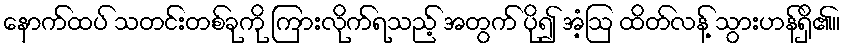
နောက်ထပ် သတင်းတစ်ခုကို ကြားလိုက်ရသည့် အတွက် ပို၍ အံ့ဩ ထိတ်လန့် သွားဟန်ရှိ၏။